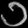
Digit: ၁